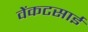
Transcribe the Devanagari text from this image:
वेंकटसाईं